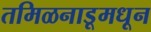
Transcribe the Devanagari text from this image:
तमिळनाडूमधून